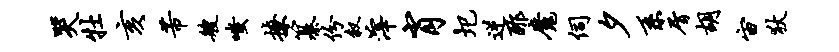
哭牡亥芾艘嗤撩纂份叙滓肖圯逆酢魔伺夕系屑胡宙狄